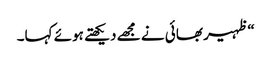
“ظہیر بھائی نے مجھے دیکھتے ہوئے کہا۔